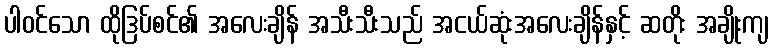
ပါဝင်သော ထိုဒြပ်စင်၏ အလေးချိန် အသီးသီးသည် အငယ်ဆုံးအလေးချိန်နှင့် ဆတိုး အချိုးကျ